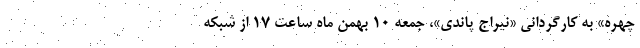
چهره» به کارگردانی «نیراج پاندی»، جمعه ۱۰ بهمن ماه ساعت ۱۷ از شبکه